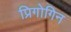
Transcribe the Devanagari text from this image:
प्रिगोगिन